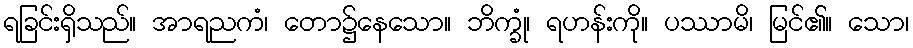
ရခြင်းရှိသည်။ အာရညကံ၊ တော၌နေသော။ ဘိက္ခုံ၊ ရဟန်းကို။ ပဿာမိ၊ မြင်၏။ သော၊